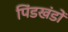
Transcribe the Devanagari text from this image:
पिंडखंडों